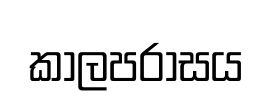
කාලපරාසය